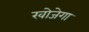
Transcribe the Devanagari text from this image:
खोजेगा